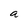
Character: a